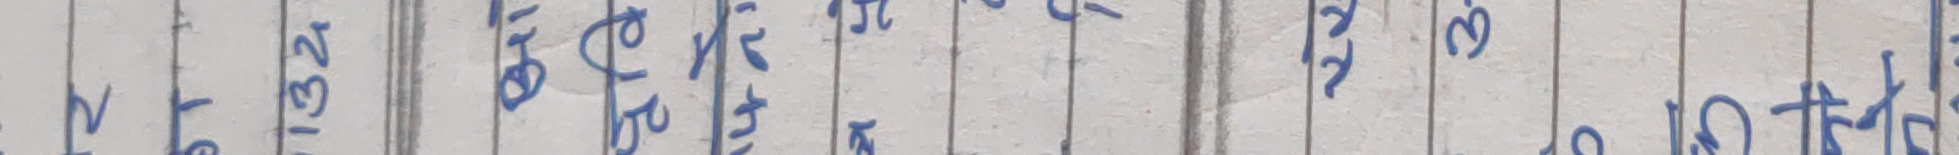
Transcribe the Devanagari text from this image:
१ सत पुस अस चैत बैसा जेठ साउ
२ १३२ ९ १५ १८ २० २० २७
३
८